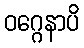
ဝဂ္ဂေနာပိ